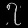
Digit: ၇